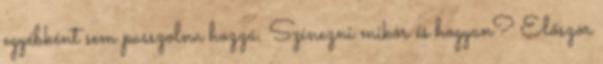
egyébként sem passzolna hozzá. Színezni mikor és hogyan? Először